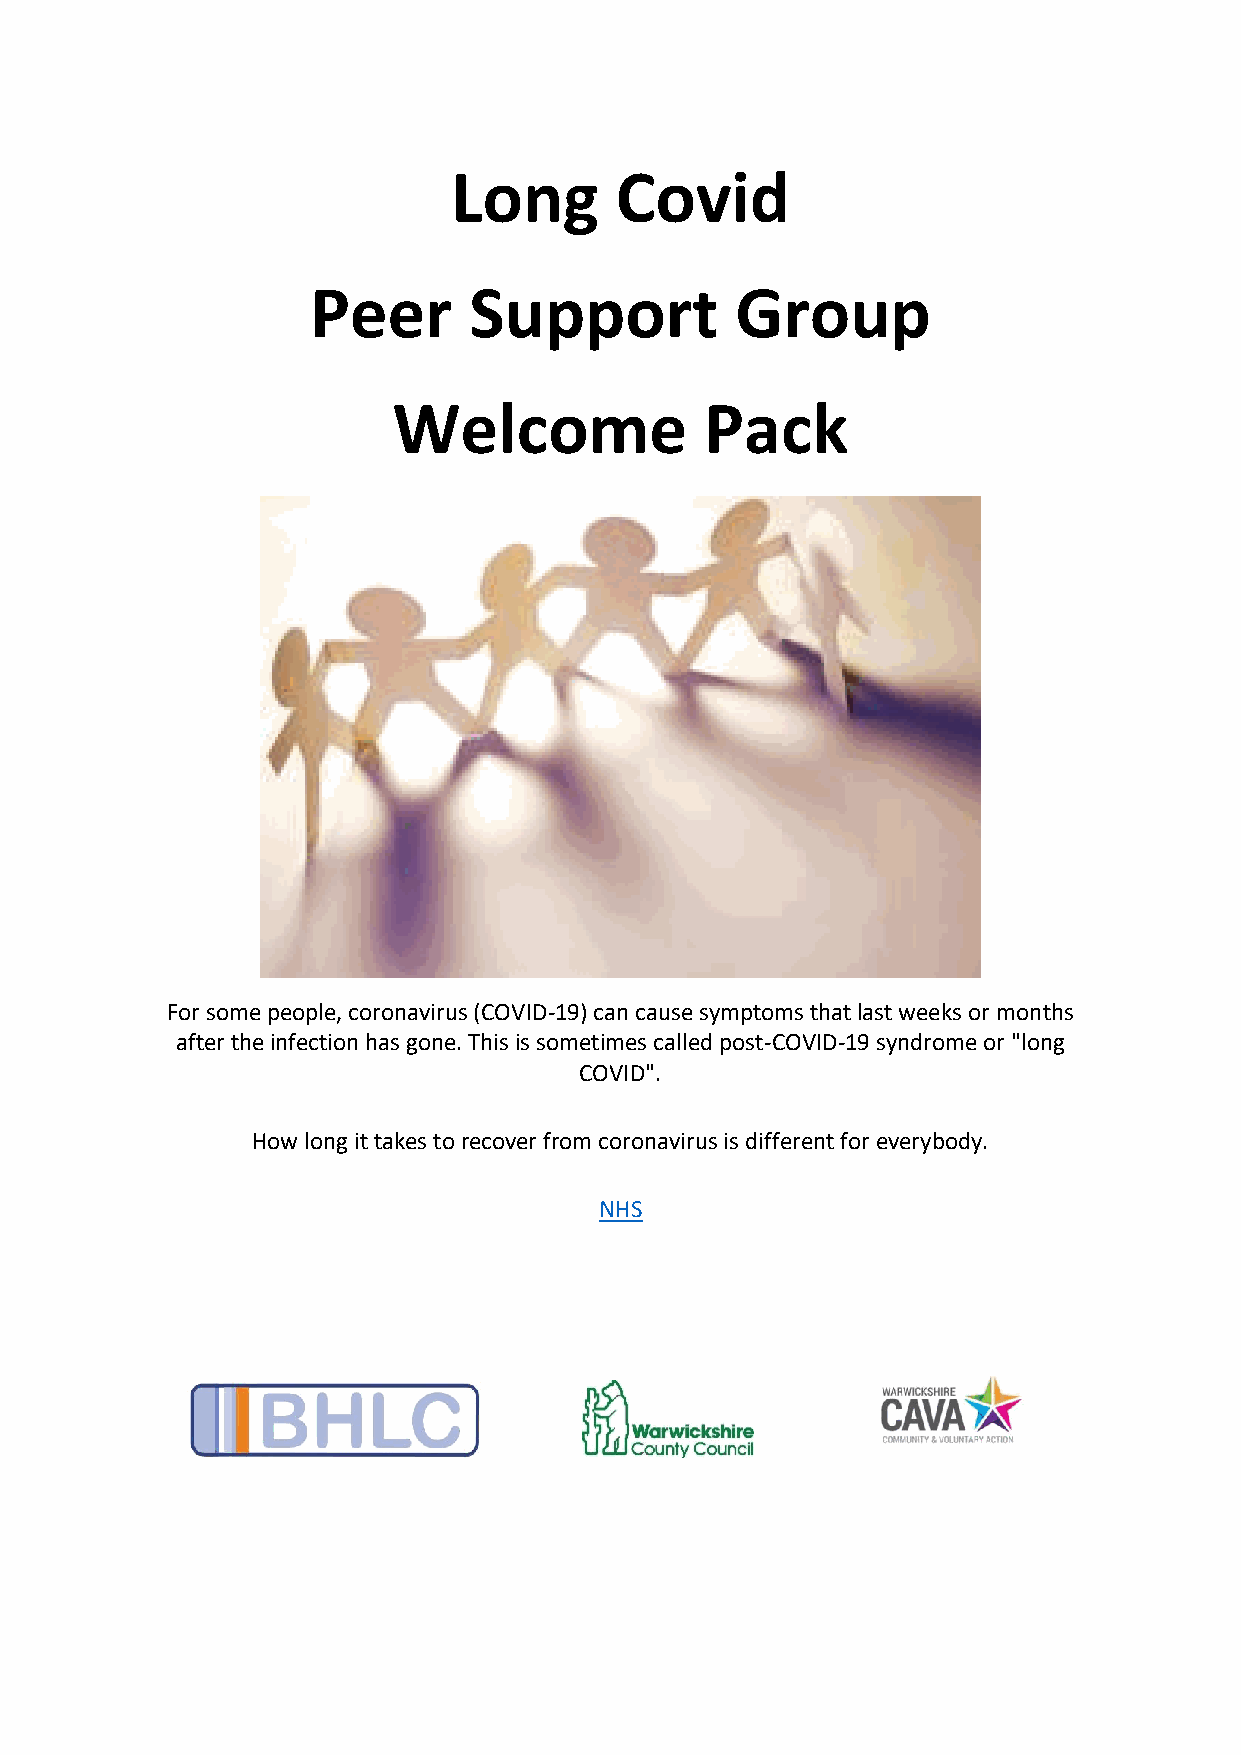
Long       Covid
 Peer      Support           Group
 Welcome              Pack
 For some people, coronavirus (COVID-19) can cause symptoms that last weeks or months
 after the infection has gone. This is sometimes called post-COVID-19 syndrome or "long
 COVID".
 How long it takes to recover from coronavirus is different for everybody.
 NHS